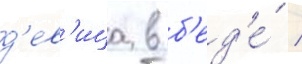
д'ев'ица в б'ед'е́ /